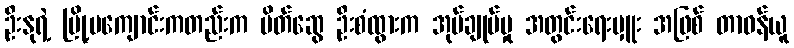
ဦးနုရဲ့ မြို့မကျောင်းကတည်းက မိတ်ဆွေ ဦးစံထွားက အုပ်ချုပ်မှု အတွင်းရေးမှူး အဖြစ် တာဝန်ယူ